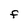
Character: F